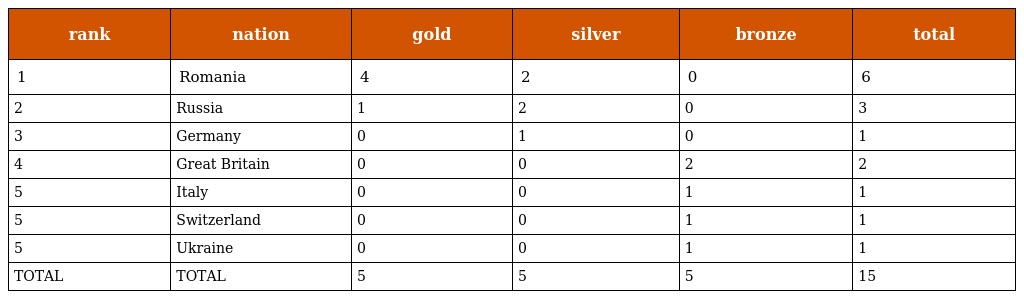
| rank | nation | gold | silver | bronze | total |
 | --- | --- | --- | --- | --- | --- |
 | 1 | Romania | 4 | 2 | 0 | 6 |
 | 2 | Russia | 1 | 2 | 0 | 3 |
 | 3 | Germany | 0 | 1 | 0 | 1 |
 | 4 | Great Britain | 0 | 0 | 2 | 2 |
 | 5 | Italy | 0 | 0 | 1 | 1 |
 | 5 | Switzerland | 0 | 0 | 1 | 1 |
 | 5 | Ukraine | 0 | 0 | 1 | 1 |
 | TOTAL | TOTAL | 5 | 5 | 5 | 15 |